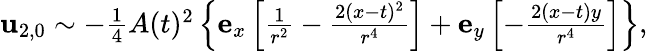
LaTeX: \begin{array}{r}{\mathbf{u}_{2,0}\sim-\frac{1}{4}A(t)^{2}\left\{ \mathbf{e}_{x}\left[\frac{1}{r^{2}}-\frac{2(x-t)^{2}}{r^{4}}\right]+\mathbf{e}_{y}\left[-\frac{2(x-t)y}{r^{4}}\right]\right\} ,}\end{array}